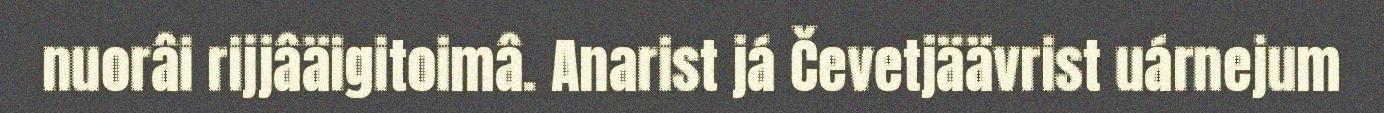
nuorâi rijjâäigitoimâ. Anarist já Čevetjäävrist uárnejum